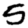
Digit: 5